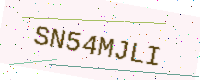
Text: SN54MJLI